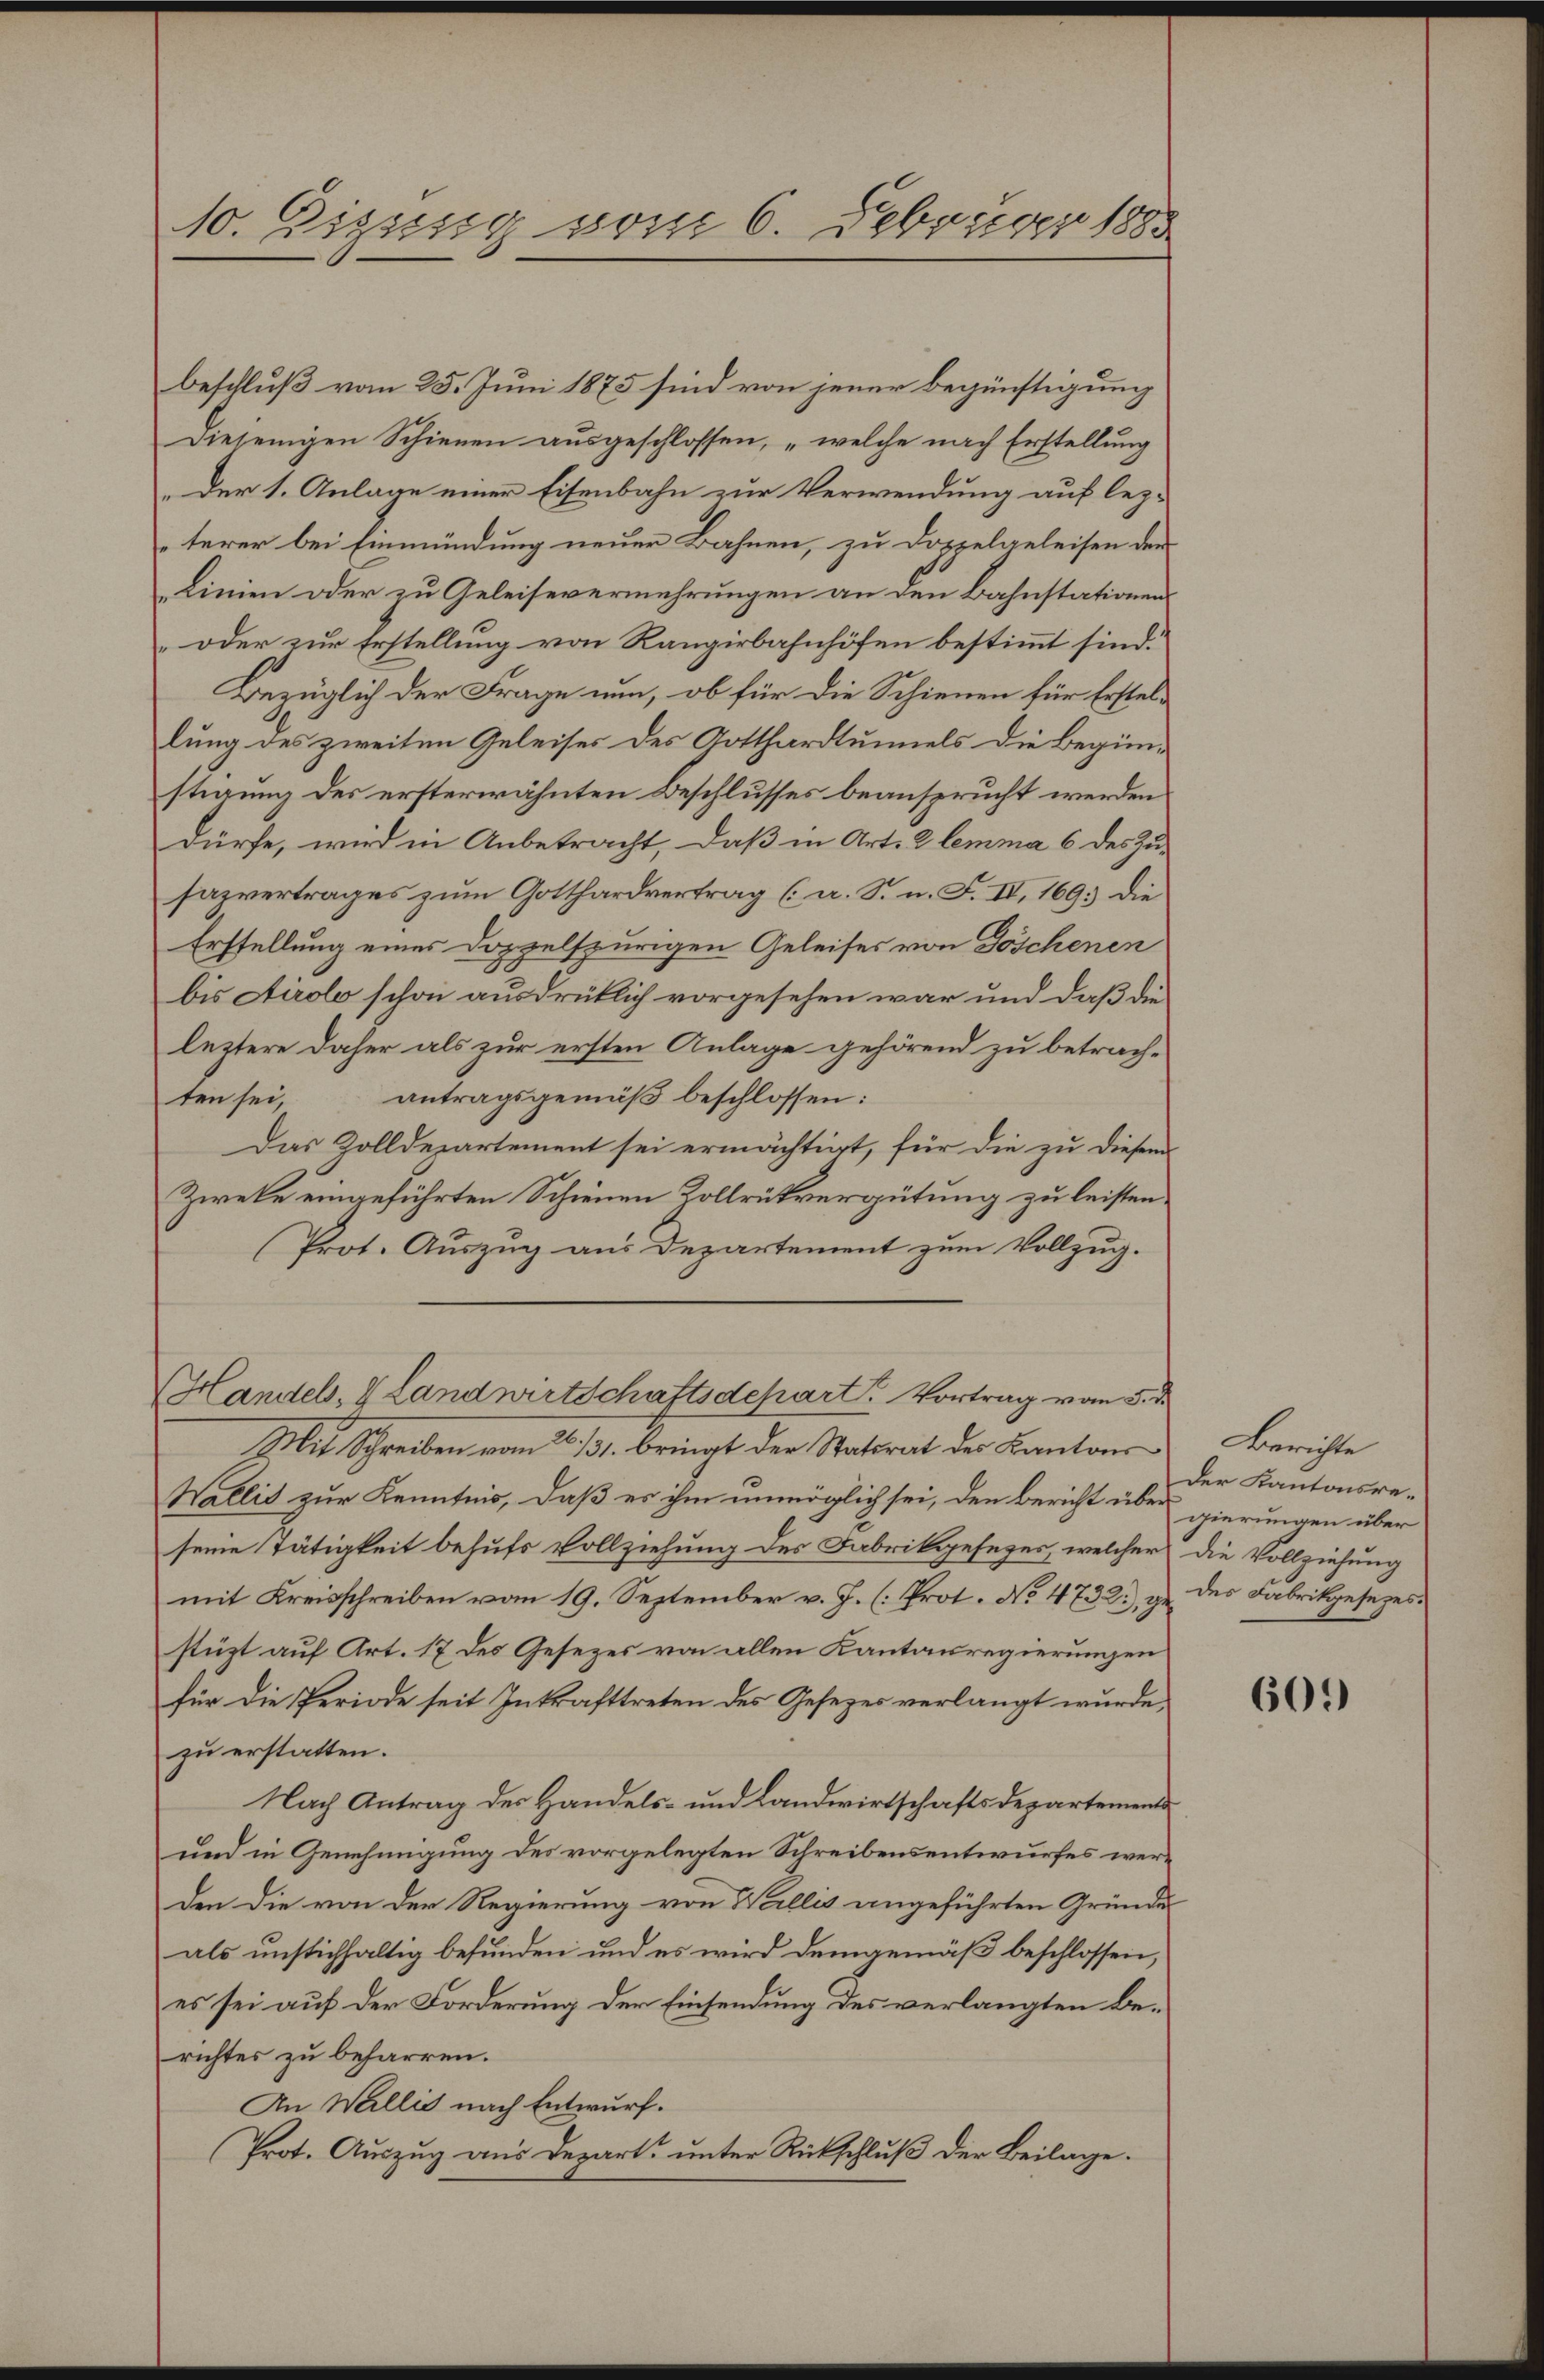
10. Zizssig vom 6. Februar 1885

beschluß vom 25. Juni 1875 sind von jener Begünstigung
Diejenigen Schienen ausgeschlossen, „welche nach Erstellung
„Der 1. Anlage einer Eisenbahn zur Verwendung auf lez-
terer bei Einmündung neuer Bahnen, zu Doppelgeleisen der
Linien oder zu Geleisevermehrungen an den Bahnstationen
oder zur Erstellung von Rangirbahnhöfen bestimmt sind.
Bezüglich der Frage nun, ob für die Schienen für Erstellung des zweiten Geleises des Gotthardtunnels die Beginnstigung des ersterwähnten Beschlusses beansprucht werden
dürfe, wird in Anbetracht, daß in Art. 2 lemma 6 des Zu-
sazvertrages zum Gotthardvertrag (a. S. n. F. II, 169. Die
Erstellung eines Doppelspurigen Geleises von Göschenen
bis Airolo schon ausdrüklich vorgesehen war und daß die
leztere daher als zur ersten Anlage gehörend zu betrachten sei, antragsgemäß beschlossen:
Das Zolldepartement sei ermächtigt, für die zu diesem
Zweke eingeführten Schienen Zollrükvergütung zu leisten.
Prot. Auszug aus Departement zum Vollzug.
Handel, & Landwirtschaftsdepart. Vortrag vom 5. d.
I u Schreiben vom 16. 131. bringt der Statorat der Kantons
Wallis zur Kenntnis, daß es ihm unmöglich sei, den Bericht über
seine Tätigkeit behufs Vollziehung des Fabrikgesezes, welcher die Vollziehung
mit Kreisschreiben vom 19. September v. J. (: Prot. No 4732.) zu des Fabrikgesezesstüzt auf Art. 17 des Gesezes von allen Kantonsregierungen
für die Periode seit Inkrafttreten des Gesezes verlangt wurde,
zu erstatten.
Nach Antrag der Handels- und Landwirtschaftsdepartements
und in Genehmigung des vorgelegten Schreibensentwurfes werden die von der Regierung von Wallis angeführten Gründe
als unstichfaltig befunden und es wird demgemäß beschlossen,
es sei auf der Forderung der Einsendung des verlangten Berichtes zu beharren.
An Willis nach Entwurf.
Prot. Auszug aus Depart unter Rückschluß der Beilage.

Berichte
der Kantonsre-
gierungen über

609